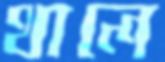
থালে